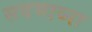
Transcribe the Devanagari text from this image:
सदभाव्ना